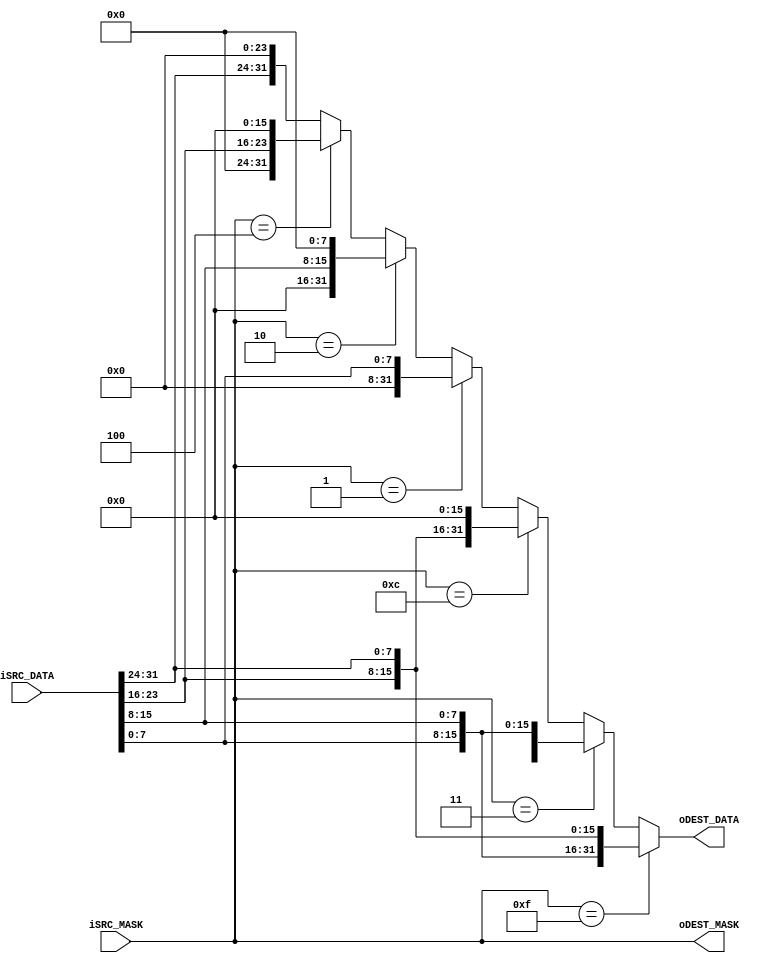
module endian_controller(
		input wire [3:0] iSRC_MASK,
		input wire [31:0] iSRC_DATA,
		output wire [3:0] oDEST_MASK,
		output wire [31:0] oDEST_DATA
	);
	assign oDEST_MASK = iSRC_MASK;
	assign oDEST_DATA = func_data(iSRC_MASK, iSRC_DATA);
	function [31:0] func_data;
		input [3:0] func_little_bytemask;
		input [31:0] func_src_data; 
		begin
			if(func_little_bytemask == 4'hf)begin
				func_data = {func_src_data[7:0], func_src_data[15:8], func_src_data[23:16], func_src_data[31:24]};
			end
			else if(func_little_bytemask == 4'b0011)begin
				func_data = {16'h0, func_src_data[7:0], func_src_data[15:8]};
			end
			else if(func_little_bytemask == 4'b1100)begin
				func_data = {func_src_data[23:16], func_src_data[31:24], 16'h0};
			end
			else if(func_little_bytemask == 4'b0001)begin
				func_data = {24'h0, func_src_data[7:0]};
			end
			else if(func_little_bytemask == 4'b0010)begin
				func_data = {16'h0, func_src_data[15:8], 8'h0};
			end
			else if(func_little_bytemask == 4'b0100)begin
				func_data = {8'h0, func_src_data[23:16], 16'h0};
			end
			else begin
				func_data = {func_src_data[31:24], 24'h0};
			end
		end
	endfunction
endmodule